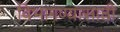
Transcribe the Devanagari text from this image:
विभागण्यासाठी